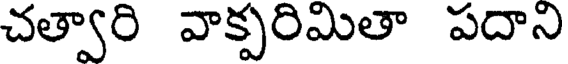
చత్వారి వాక్పరిమితా పదాని